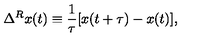
\Delta ^ { R } x ( t ) \equiv \frac { 1 } { \tau } [ x ( t + \tau ) - x ( t ) ] ,